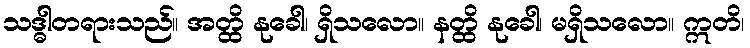
သဒ္ဓါတရားသည်။ အတ္ထိ နုခေါ၊ ရှိသလော။ နတ္ထိ နုခေါ၊ မရှိသလော။ ဣတိ၊